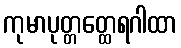
ကုမာပုတ္တတ္ထေရဂါထာ